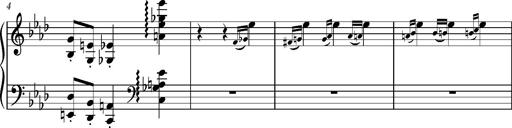
Title: Petite valse favorite
Composer: Franz Liszt
Key: A-flat major